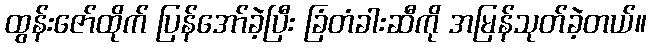
ထွန်းဇော်ထိုက် ပြန်အော်ခဲ့ပြီး ခြံတံခါးဆီကို အမြန်သုတ်ခဲ့တယ်။